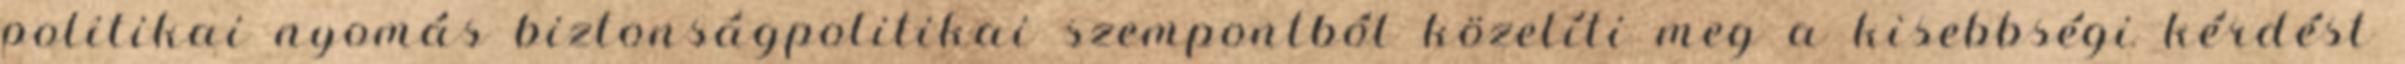
politikai nyomás biztonságpolitikai szempontból közelíti meg a kisebbségi kérdést